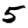
Digit: 5